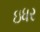
ઇધર